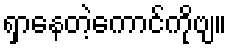
ရှာနေတဲ့ကောင်ကိုဗျ။